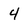
Character: 4